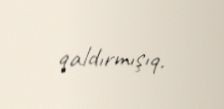
qaldırmışıq.